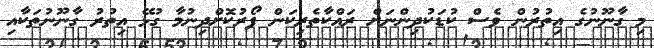
މި ގާނޫނުގެ އިތުރުން ވެސް ކުޑަކުދިންނަށް ރައްކާތެރިކަން ފޯރުކޮށްދިނުމާ ގުޅޭ އިތުރު ގާނޫނުތަކާއި